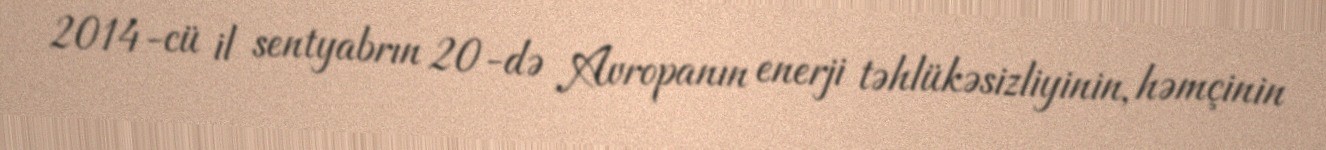
2014-cü il sentyabrın 20-də Avropanın enerji təhlükəsizliyinin, həmçinin